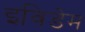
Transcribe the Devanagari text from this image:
इविडेम